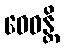
ဝေဓန္တိ